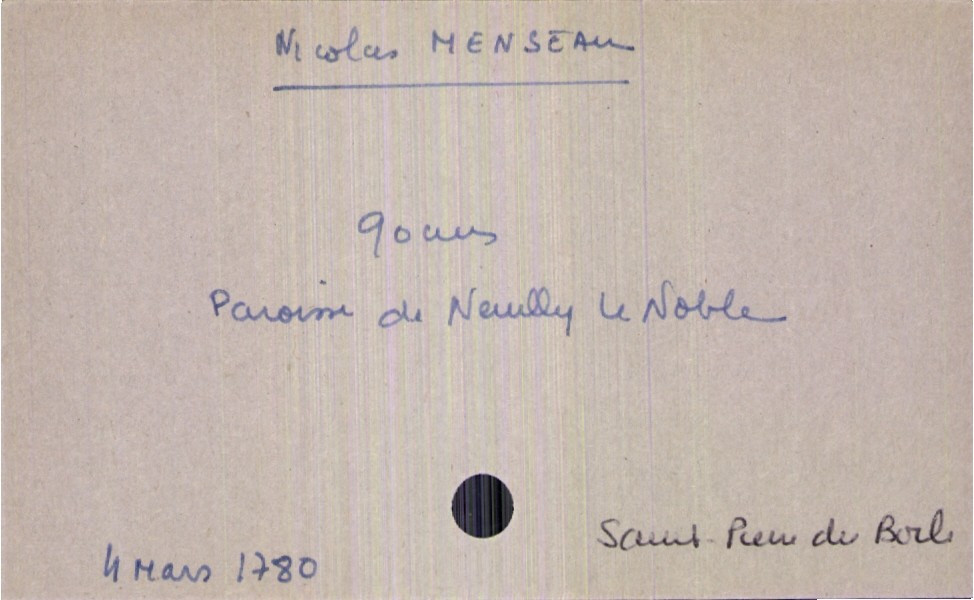
type_acte: Décès
année: 1780
mois: mars
jour: 4
paroisse: Saint Pierre du Boile
défunt_nom: Menseau
défunt_prénom: Nicolas
défunt_sexe: H
défunt_âge: 90 ans
défunt_lieu_de_naissance: Neuilly le Noble